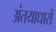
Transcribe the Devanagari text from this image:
अंतयाधारों